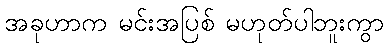
အခုဟာက မင်းအပြစ် မဟုတ်ပါဘူးကွာ